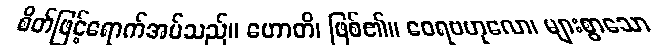
စိတ်ဖြင့်ရောက်အပ်သည်။ ဟောတိ၊ ဖြစ်၏။ ဝေရဗဟုလော၊ များစွာသော